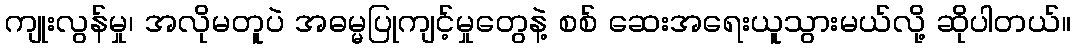
ကျုးလွန်မှု၊ အလိုမတူပဲ အဓမ္မပြုကျင့်မှုတွေနဲ့ စစ် ဆေးအရေးယူသွားမယ်လို့ ဆိုပါတယ်။